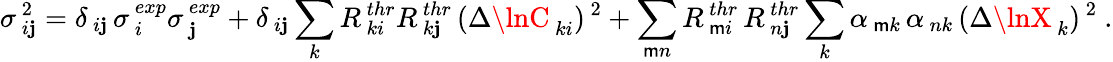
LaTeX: \sigma_{\, i\mathbf{j}}^{\, 2}=\delta_{\, i\mathbf{j}}\, \sigma_{\, i}^{\, exp}\sigma_{\, \mathbf{j}}^{\, exp}+\delta_{\, i\mathbf{j}}\sum_{k}R_{\, ki}^{\, thr}R_{\, k\mathbf{j}}^{\, thr}\, (\Delta\lnC_{\, ki})^{\, 2}+\sum_{\mathsf{m}n}R_{\, \mathsf{m}i}^{\, thr}\, R_{\, n\mathbf{j}}^{\, thr}\sum_{k}\alpha_{\, \mathsf{m}k}\, \alpha_{\, nk}\, (\Delta\lnX_{\, k})^{\, 2}\ .